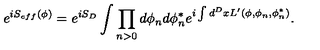
e ^ { i S _ { e f f } ( \phi ) } = e ^ { i S _ { D } } \int \prod _ { n > 0 } d \phi _ { n } d \phi _ { n } ^ { * } e ^ { i \int d ^ { D } x L ^ { \prime } ( \phi , \phi _ { n } , \phi _ { n } ^ { * } ) } .